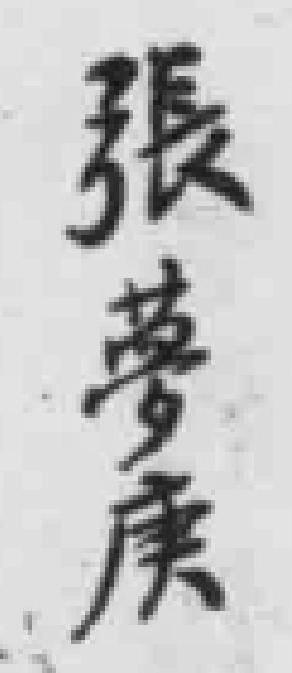
張夢庚